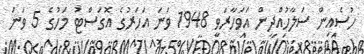
ހުސެއިން ސަލާހުއްދީން އަވަހާރަވީ 1948 ވަނަ އަހަރުގެ އޮގަސްޓު މަހުގެ 5 ވަނަ